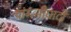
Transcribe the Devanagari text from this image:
यांग्त्सीघाटी